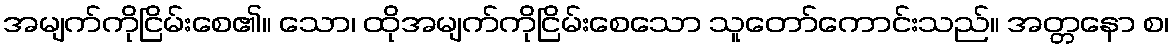
အမျက်ကိုငြိမ်းစေ၏။ သော၊ ထိုအမျက်ကိုငြိမ်းစေသော သူတော်ကောင်းသည်။ အတ္တနော စ၊